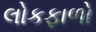
લોકફાળો